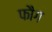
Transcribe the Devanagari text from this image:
फौग